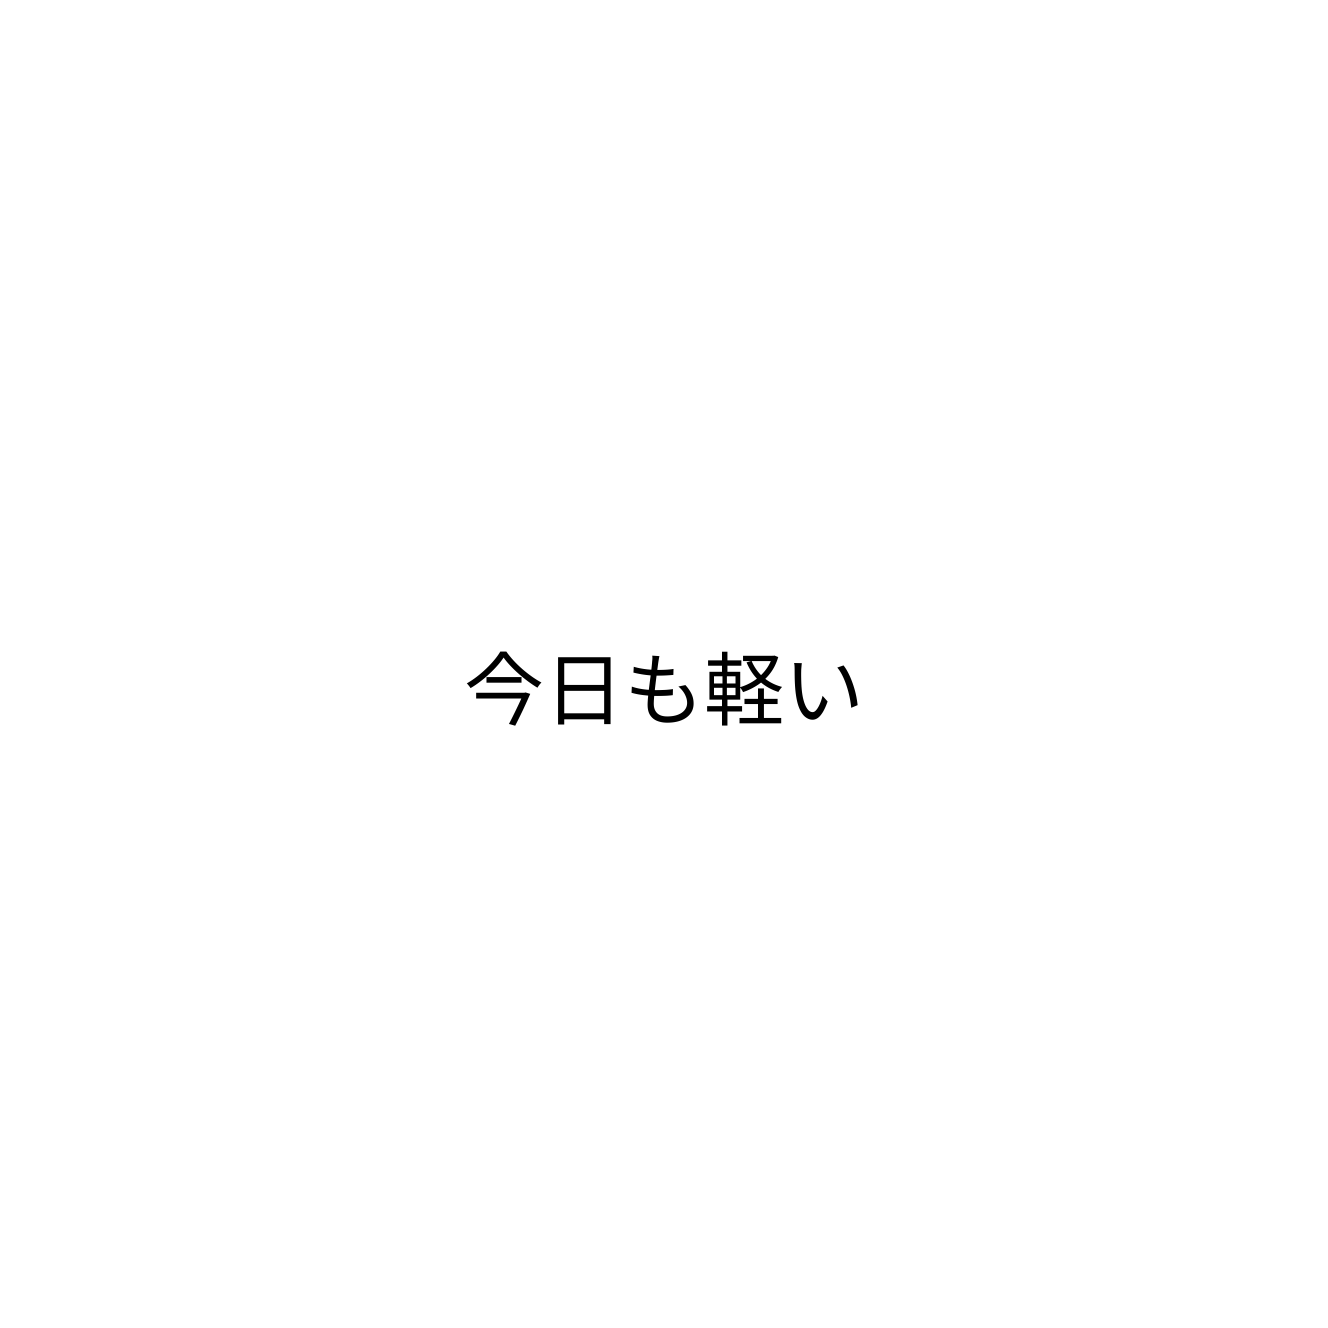
今日も軽い